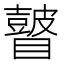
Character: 𥌒